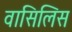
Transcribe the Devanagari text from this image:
वासिलिस